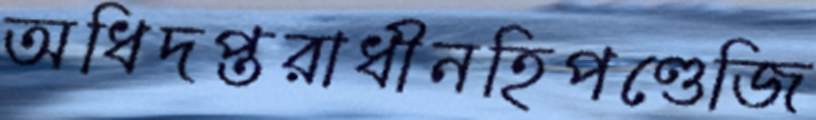
অধিদপ্তরাধীনহিপণ্ডেজি